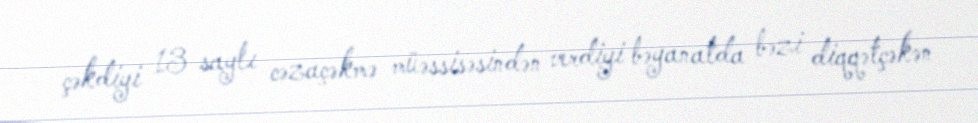
çəkdiyi 13 saylı cəzaçəkmə müəssisəsindən verdiyi bəyanatda bəzi diqqətçəkən